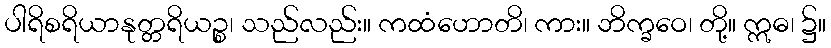
ပါရိစရိယာနုတ္တရိယဉ္စ၊ သည်လည်း။ ကထံဟောတိ၊ ကား။ ဘိက္ခဝေ၊ တို့။ ဣဓ၊ ၌။